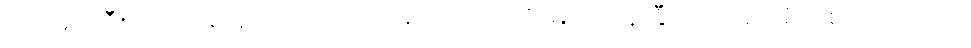
ဝက်မှင်ဘီး ပြုလုပ်ရာ၌လည်းကောင်း၊ ဝက်ရေကို မြင်းကုန်းနှီး၊ ပိုက်ဆံအိတ်စသည်တို့ကို